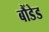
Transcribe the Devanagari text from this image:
बौंडेड